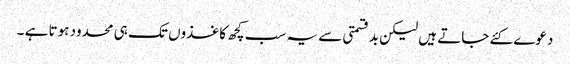
دعوے کئے جاتے ہیں لیکن بدقسمتی سے یہ سب کچھ کاغذوں تک ہی محدود ہوتا ہے ۔